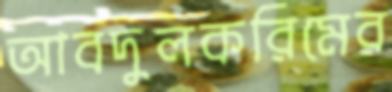
আবদুলকরিমের